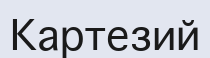
Картезий